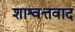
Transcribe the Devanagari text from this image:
शाश्वत्तवाद